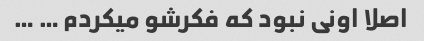
اصلا اونی نبود که فکرشو میکردم … …